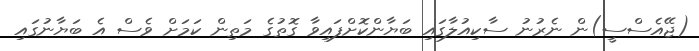
(ޖޭއެސްސީ)ން ނެރުނު ސާކިއުލާގައި ބަޔާންކޮށްފައިވާ ގޮތުގެ މަތިން ކަމަށް ވެސް އެ ބަޔާނުގައި